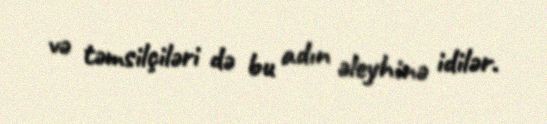
və təmsilçiləri də bu adın əleyhinə idilər.